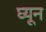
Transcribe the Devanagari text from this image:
घ्यून